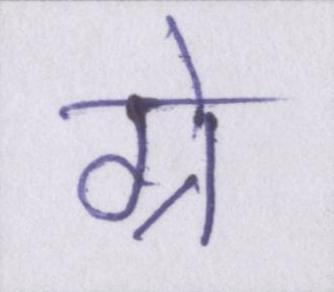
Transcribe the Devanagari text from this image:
ग्रे